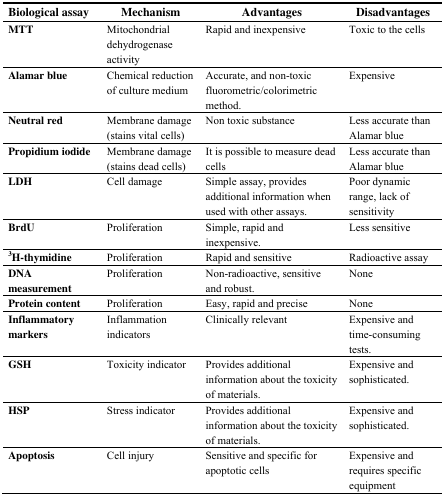
| Biological assay | Mechanism | Advantages | Disadvantages |
 | --- | --- | --- | --- |
 | MTT | Mitochondrial dehydrogenase activity | Rapid and inexpensive | Toxic to the cells |
 | Alamar blue | Chemical reduction of culture medium | Accurate, and non-toxic fluorometric/colorimetric method. | Expensive |
 | Neutral red | Membrane damage(stains vital cells) | Non toxic substance | Less accurate than Alamar blue |
 | Propidium iodide | Membrane damage(stains dead cells) | It is possible to measure dead cells | Less accurate than Alamar blue |
 | LDH | Cell damage | Simple assay, provides additional information when used with other assays. | Poor dynamic range, lack of sensitivity |
 | BrdU | Proliferation | Simple, rapid and inexpensive. | Less sensitive |
 | 3H-thymidine | Proliferation | Rapid and sensitive | Radioactive assay |
 | DNA measurement | Proliferation | Non-radioactive, sensitive and robust. | None |
 | Protein content | Proliferation | Easy, rapid and precise | None |
 | Inflammatory markers | Inflammation indicators | Clinically relevant | Expensive and time-consuming tests. |
 | GSH | Toxicity indicator | Provides additional information about the toxicity of materials. | Expensive and sophisticated. |
 | HSP | Stress indicator | Provides additional information about the toxicity of materials. | Expensive and sophisticated. |
 | Apoptosis | Cell injury | Sensitive and specific for apoptotic cells | Expensive and requires specific equipment |